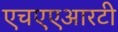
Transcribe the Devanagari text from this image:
एचएएआरटी